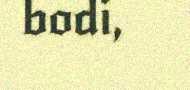
bodi,